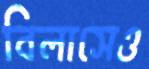
বিলাসেও